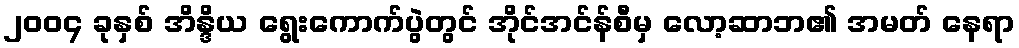
၂၀၀၄ ခုနှစ် အိန္ဒိယ ရွေးကောက်ပွဲတွင် အိုင်အင်န်စီမှ လော့ဆာဘ၏ အမတ် နေရာ